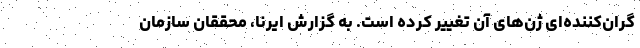
گران‌کننده‌ای ژن‌های آن تغییر کرده است. به گزارش ایرنا، محققان سازمان